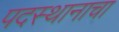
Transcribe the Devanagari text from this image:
पदस्थानाचा